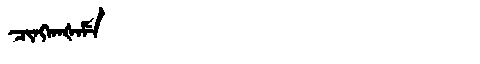
Manchu: ᠴᡳᠩᡴᠠᡧᠠᠮᡝ
Romanization: CINGKAŠAME